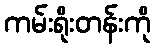
ကမ်းရိုးတန်းကို